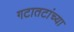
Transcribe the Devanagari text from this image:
गटातटांच्या